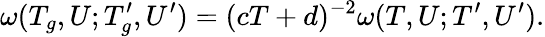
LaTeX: \omega(T_{g},U;T_{g}^{\prime},U^{\prime})=(cT+d)^{-2}\omega(T,U;T^{\prime},U^{\prime}).